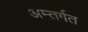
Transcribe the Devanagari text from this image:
अम्तर्गत